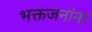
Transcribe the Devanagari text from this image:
भक्तजनांना